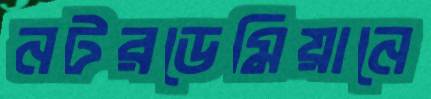
নটরডেমিয়ানে